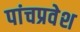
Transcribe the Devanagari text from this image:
पांचप्रवेश